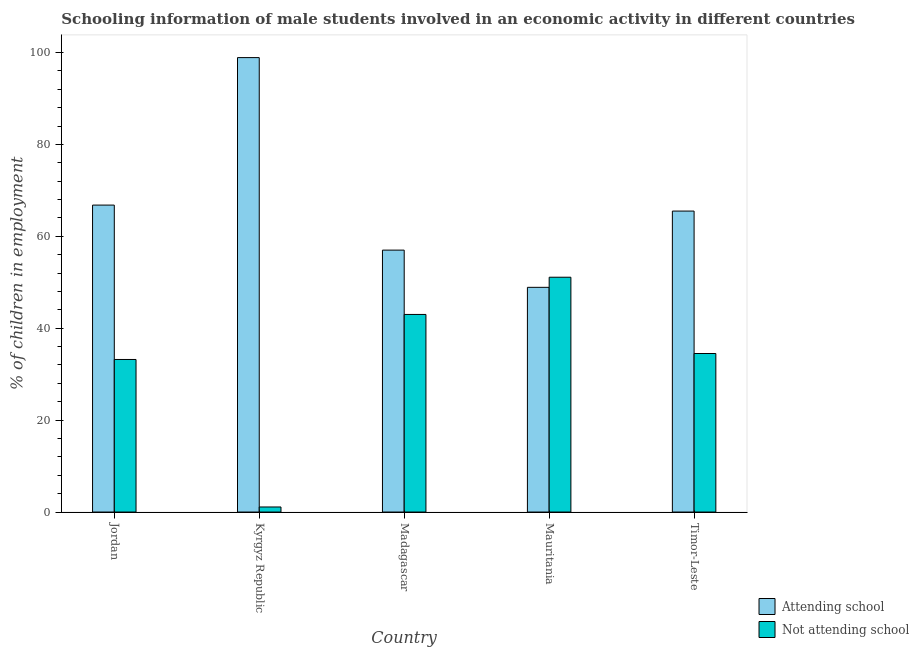
| Country | Attending school | Not attending school |
 | --- | --- | --- |
 | Jordan | 66.8 | 33.2 |
 | Kyrgyz Republic | 98.9 | 1.1 |
 | Madagascar | 57 | 43 |
 | Mauritania | 48.9 | 51.1 |
 | Timor-Leste | 65.5 | 34.5 |